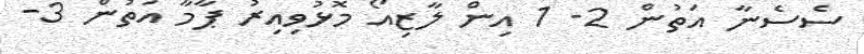
ސެސެނާ އަތުން 2- 1 އިން ލާޒިއޯ މޮޅުވިއިރު ޕާމާ އަތުން 3-